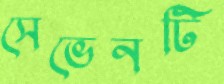
সেভেনটি